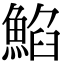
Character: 䱤